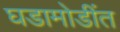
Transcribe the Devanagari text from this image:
घडामोडींत